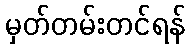
မှတ်တမ်းတင်ရန်